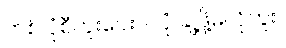
တစ် ပုံစီကူးပေးပါ၊ ပုံ ချဲ့ဖို့မလိုဘူး။